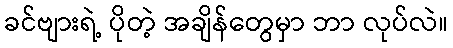
ခင်ဗျားရဲ့ ပိုတဲ့ အချိန်တွေမှာ ဘာ လုပ်လဲ။